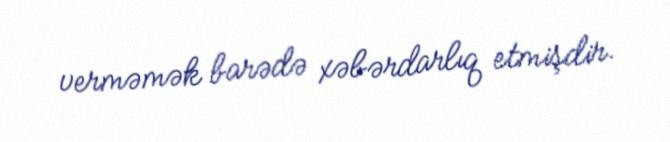
verməmək barədə xəbərdarlıq etmişdir.